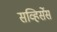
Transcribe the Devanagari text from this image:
सव्हिर्सेस